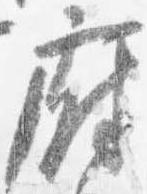
府